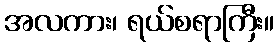
အလကား၊ ရယ်စရာကြီး။